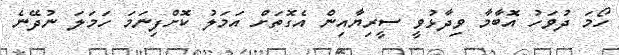
ހޯމަ ދުވަހު އޮބާމާ ވިދާޅުވީ ސީރިޔާއިން އެގޮތަށް އަމަލު ކޮށްފިނަމަ ހަމަލަ ނުދޭނެ